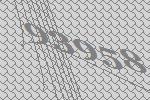
93958